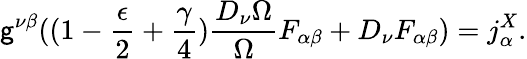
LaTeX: \mathsf{g}^{\nu\beta}((1-\frac{{\epsilon}}{{2}}+\frac{{\gamma}}{{4}})\frac{{D_{\nu}\Omega}}{{\Omega}}F_{\alpha\beta}+D_{\nu}F_{\alpha\beta})=j_{\alpha}^{X}.